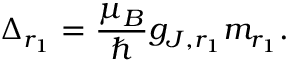
\Delta _ { r _ { 1 } } = \frac { \mu _ { B } } { \hbar } g _ { J , r _ { 1 } } m _ { r _ { 1 } } .